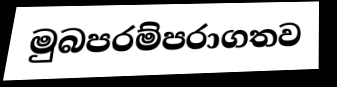
මුබපරම්පරාගතව